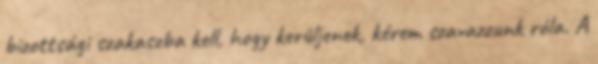
bizottsági szakaszba kell, hogy kerüljenek, kérem szavazzunk róla. A